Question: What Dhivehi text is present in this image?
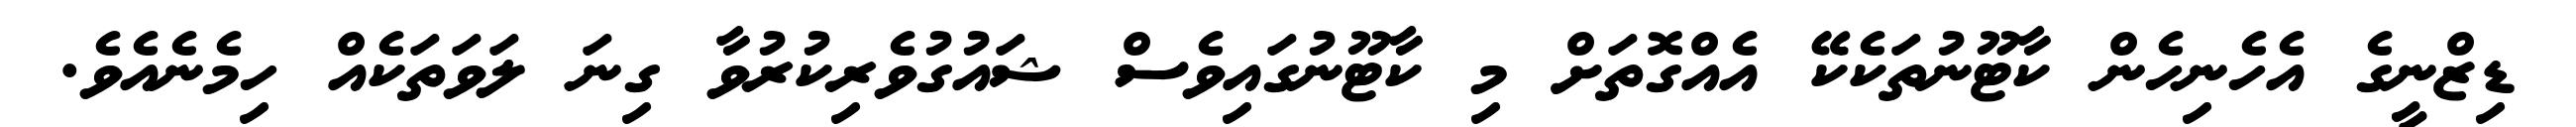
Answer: ޑިޒްނީގެ އެހެނިހެން ކާޓޫނުތަކެކޭ އެއްގޮތަށް މި ކާޓޫނުގައިވެސް ޝައުގުވެރިކުރުވާ ގިނަ ލަވަތަކެއް ހިމެނެއެވެ.